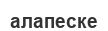
алапеске